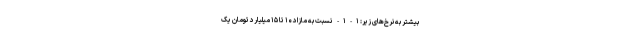
بیشتر به نرخ‌های زیر: ۱-۱- نسبت به مازاد ۱۰ تا ۱۵ میلیارد تومان یک